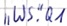
Text: "WS."Q1